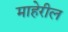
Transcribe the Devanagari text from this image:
माहेरील